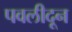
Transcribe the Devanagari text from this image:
पवलीदून